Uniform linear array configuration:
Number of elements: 16
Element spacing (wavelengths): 0.5
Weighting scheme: kaiser
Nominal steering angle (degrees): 45
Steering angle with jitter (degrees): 46.738
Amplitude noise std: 0.05
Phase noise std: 0.05

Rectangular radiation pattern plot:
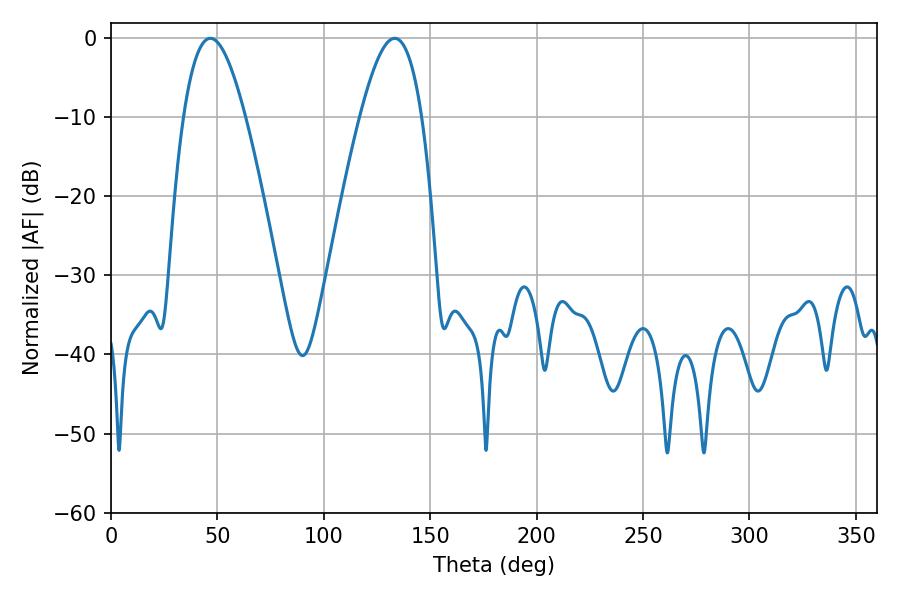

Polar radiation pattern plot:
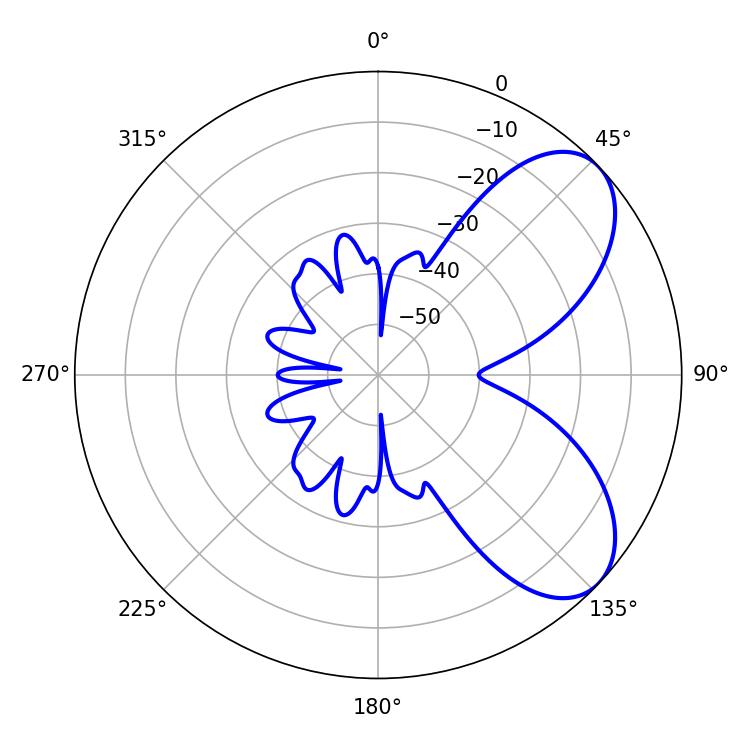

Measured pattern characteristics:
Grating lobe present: FALSE
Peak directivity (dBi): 6.589
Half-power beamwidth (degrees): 15.66
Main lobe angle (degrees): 46.62